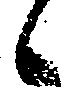
候